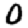
Digit: 0